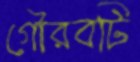
গৌরবটি